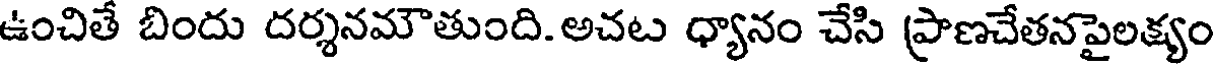
ఉంచితే బిందు దర్శనమౌతుంది. అచట ధ్యానం చేసి (ప్రాణచేతనపైలక్యం